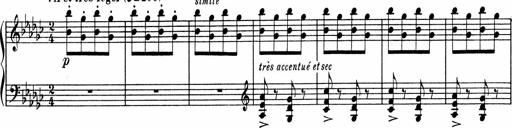
Title: Sonatine pour piano
Composer: Albert Roussel